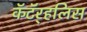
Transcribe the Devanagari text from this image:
कॅटॅर्‍हलिस